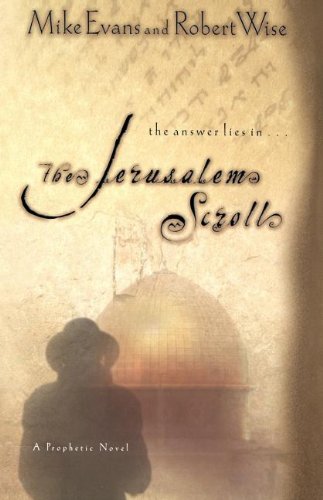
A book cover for The Jerusalem Scroll; Mike Evans; Christian Books & Bibles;